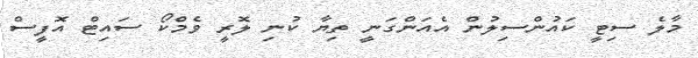
މާލެ ސިޓީ ކައުންސިލުން އެއަންގަނީ ތިޔާ ކުނި ލޮރީ ވެމްކޯ ސައިޓް އޮފީސް